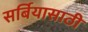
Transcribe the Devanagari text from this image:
सर्बियासाठी